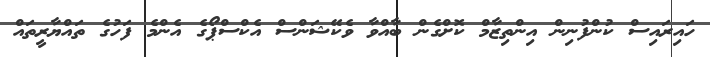
ހައިރައިސް ކުންފުނިން އިންތިޒާމް ކޮށްގެން ބާއްވާ ވެކޭޝަންސް އެކްސްޕޯގެ އެންމެ ފަހުގެ ތައްޔާރީތައް